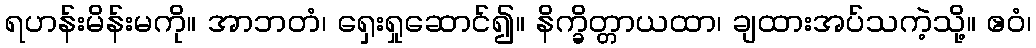
ရဟန်းမိန်းမကို။ အာဘတံ၊ ရှေးရှုဆောင်၍။ နိက္ခိတ္တာယထာ၊ ချထားအပ်သကဲ့သို့။ ဧဝံ၊